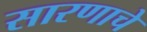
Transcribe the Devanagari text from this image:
सारणाचे